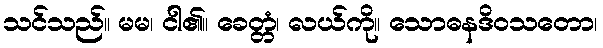
သင်သည်။ မမ၊ ငါ၏။ ခေတ္တံ၊ လယ်ကို။ သောဓနဒိဝသတော၊